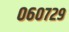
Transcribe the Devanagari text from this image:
०६०७२९